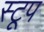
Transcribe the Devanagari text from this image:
स्टूप